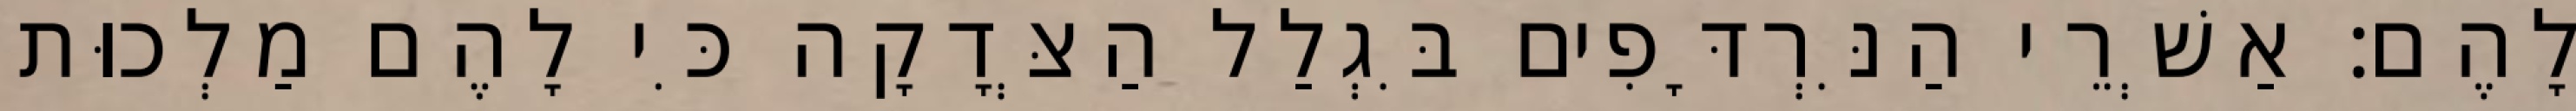
לָהֶם׃ אַשְׁרֵי הַנִּרְדָּפִים בִּגְלַל הַצְּדָקָה כִּי לָהֶם מַלְכוּת